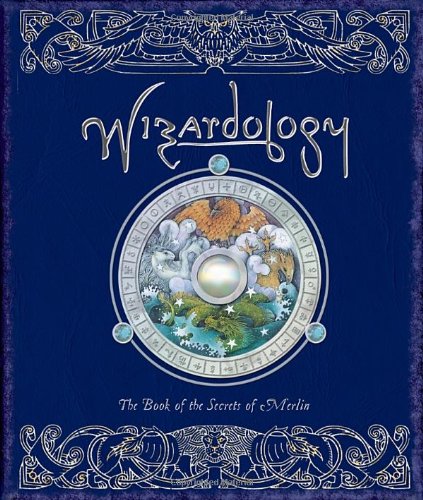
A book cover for Wizardology: The Book of the Secrets of Merlin (Ologies); Master Merlin; Children's Books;